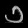
Digit: ၁